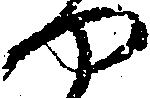
や